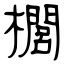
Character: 櫚